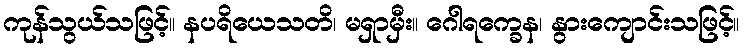
ကုန်သွယ်သဖြင့်။ နပရိယေသတိ၊ မရှာမှီး။ ဂေါရက္ခေန၊ နွားကျောင်းသဖြင့်။